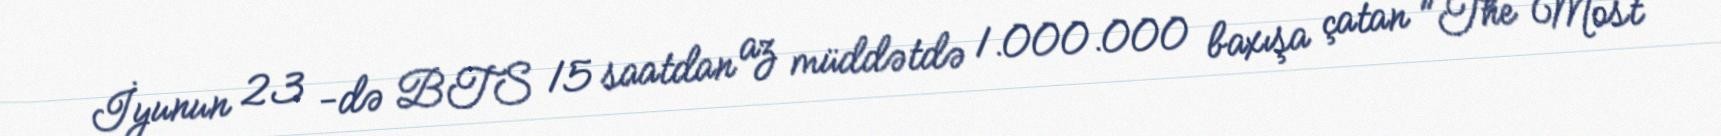
İyunun 23 -də BTS 15 saatdan az müddətdə 1.000.000 baxışa çatan "The Most